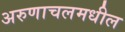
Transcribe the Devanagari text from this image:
अरुणाचलमधील